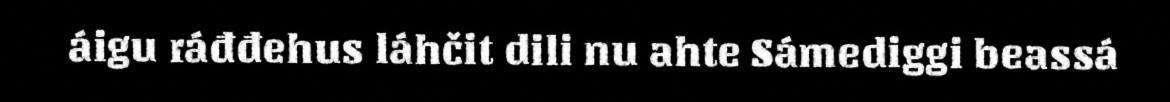
áigu ráđđehus láhčit dili nu ahte Sámediggi beassá